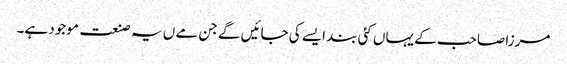
مرزا صاحب کے یہاں کئی بند ایسے کی جائیں گے جن مے ں یہ صنعت موجود ہے۔